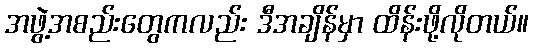
အဖွဲ့အစည်းတွေကလည်း ဒီအချိန်မှာ ထိန်းဖို့လိုတယ်။